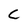
Character: C